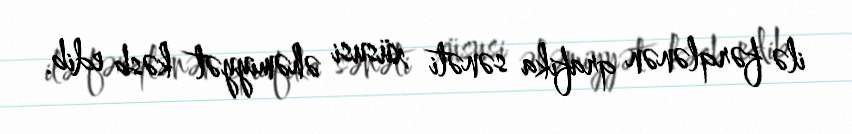
ilə fərqlənən qrafika sənəti xüsusi əhəmiyyət kəsb edib.